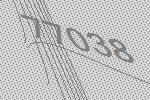
77038